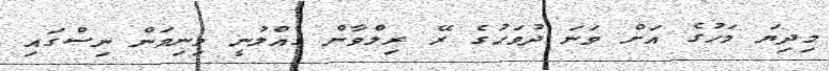
މިދިޔަ މަހުގެ އަށް ވަނަ ދުވަހުގެ ރޭ ރިލްވާން ގެއްލުނީ މިނިވަން ނިސްގައި